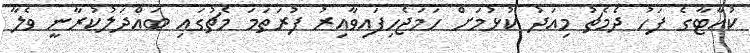
ކުއާޓާގެ ފަހު ދެމެޗު މިއަދު ކުޅުމަށް ހަމަޖެހިފައިވާއިރު ފުރަތަމަ މެޗުގައި ބައްދަލުކުރާނީ ވެލާ